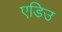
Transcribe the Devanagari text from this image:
एडिउ